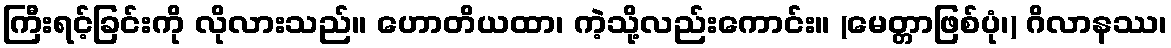
ကြီးရင့်ခြင်းကို လိုလားသည်။ ဟောတိယထာ၊ ကဲ့သို့လည်းကောင်း။ (မေတ္တာဖြစ်ပုံ၊) ဂိလာနဿ၊